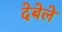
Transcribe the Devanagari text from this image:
देबेले